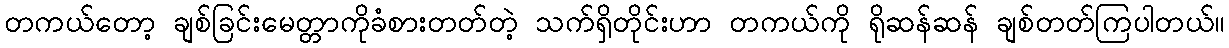
တကယ်တော့ ချစ်ခြင်းမေတ္တာကိုခံစားတတ်တဲ့ သက်ရှိတိုင်းဟာ တကယ်ကို ရိုဆန်ဆန် ချစ်တတ်ကြပါတယ်။